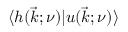
\langle h ( \vec { k } ; \nu ) | u ( \vec { k } ; \nu ) \rangle